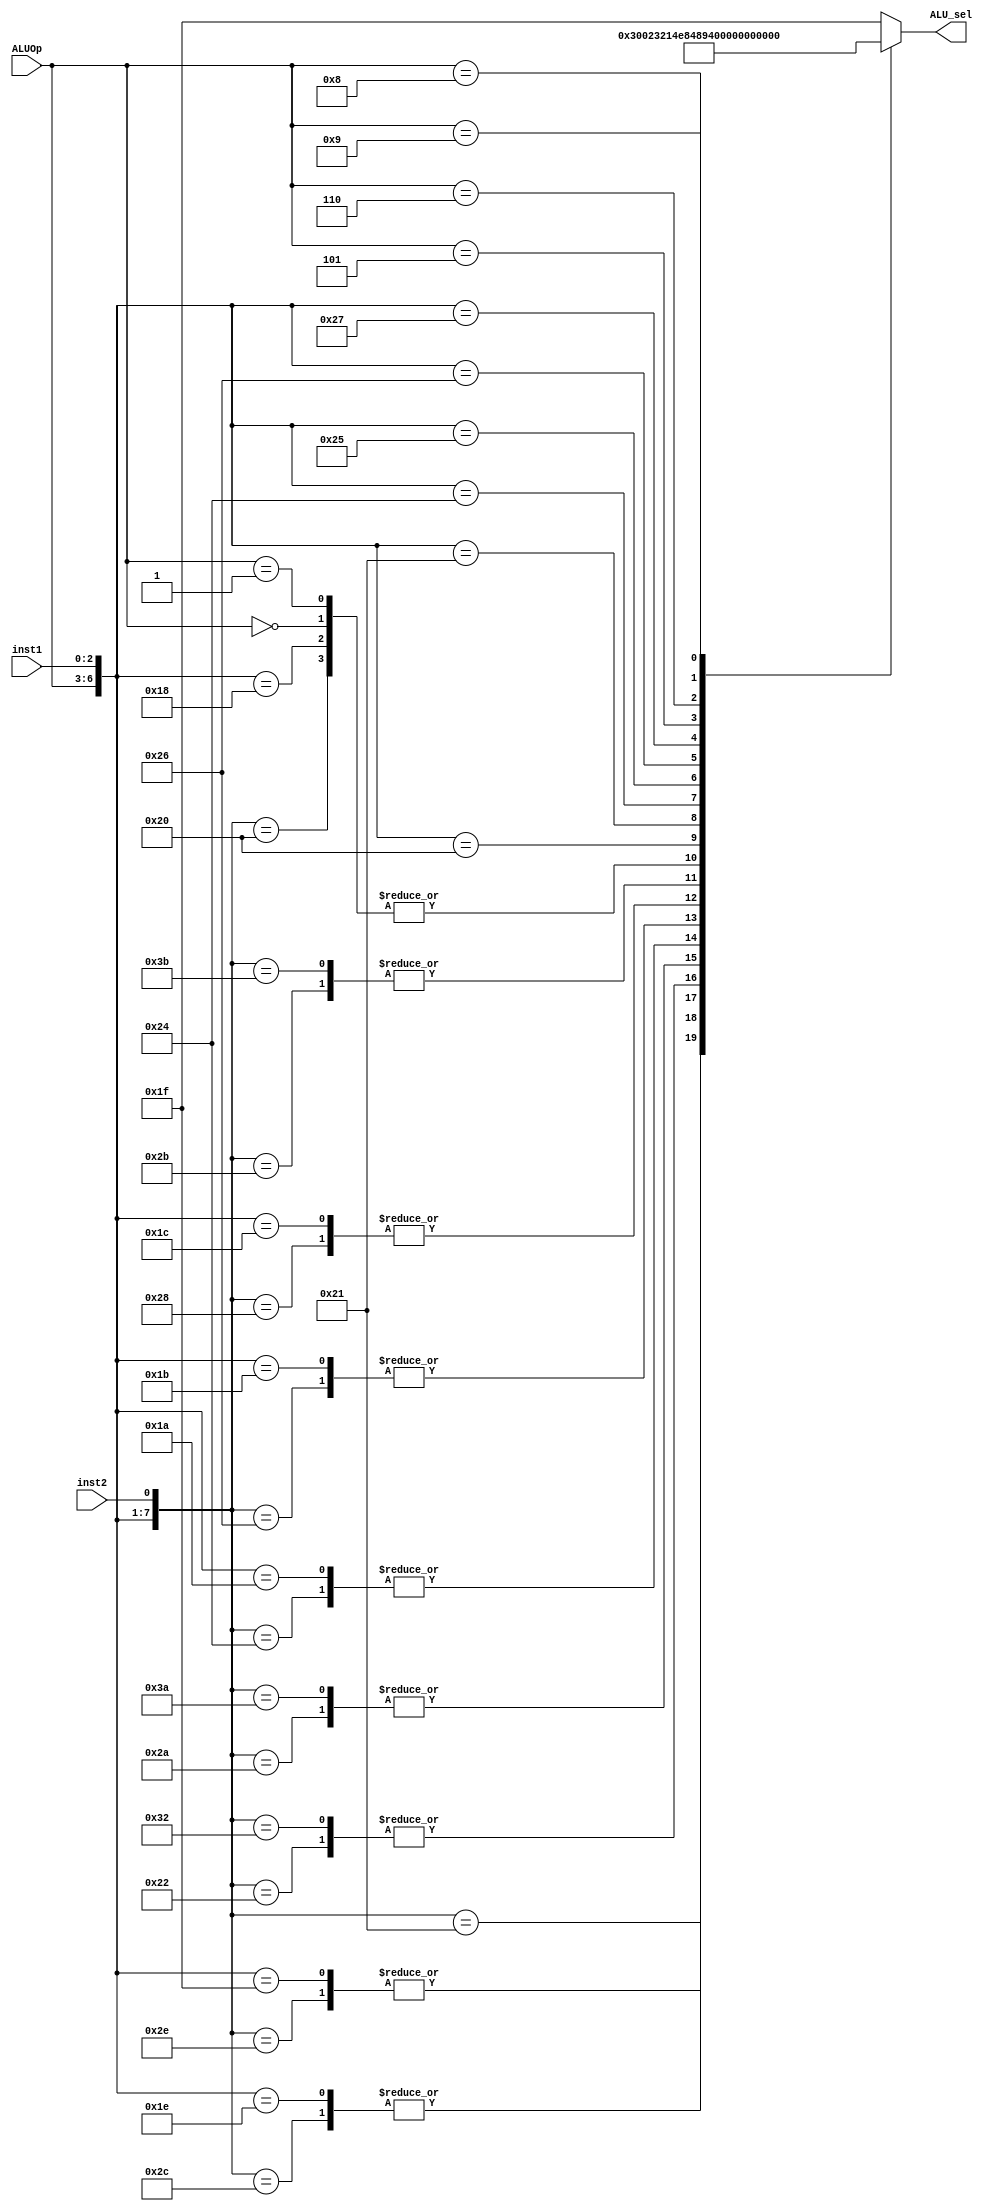
//////////////////////////////////////////////////////////////////////////////////
// Company: 
// Engineer: 
// 
// Design Name: 
// Module Name: ALU_control
// Project Name: 
// Target Devices: 
// Tool Versions: 
// Description: 
// 
// Dependencies: 
// 
// Revision:
// Revision 0.01 - File Created
// Additional Comments:
// 
//////////////////////////////////////////////////////////////////////////////////


module ALU_Control(           //func3      //inst[30]
input [3:0] ALUOp, input [2:0] inst1, input inst2, output reg [4:0] ALU_sel);

 always @(*) begin
       casex ({ALUOp, inst1, inst2})
            //R-type
            8'b0010_1110: ALU_sel= 5'b00000;//and 
            8'b0010_1100: ALU_sel= 5'b00001;//or 
            8'b0010_0000: ALU_sel= 5'b00010;//add 
            8'b0010_0001: ALU_sel= 5'b00110;//sub 
            8'b0010_0010: ALU_sel= 5'b00011;//SLL
            8'b0010_1010: ALU_sel= 5'b00100;//SRL
            8'b0010_0100: ALU_sel= 5'b00101;//SLT
            8'b0010_0110: ALU_sel= 5'b00111;//SLTU
            8'b0010_1000: ALU_sel= 5'b01000;//XOR
            8'b0010_1011: ALU_sel= 5'b01001;//SRA
                                  
            //I-type                 
            8'b0011_111x: ALU_sel= 5'b00000;//and i
            8'b0011_110x: ALU_sel= 5'b00001;//or i
            8'b0011_000x: ALU_sel= 5'b00010;//add i
            8'b0011_0010: ALU_sel= 5'b00011;//SLL i
            8'b0011_1010: ALU_sel= 5'b00100;//SRL i
            8'b0011_010x: ALU_sel= 5'b00101;//SLT i
            8'b0011_011x: ALU_sel= 5'b00111;//SLTU i
            8'b0011_100x: ALU_sel= 5'b01000;//XOR i
            8'b0011_1011: ALU_sel= 5'b01001;//SRA i
               
                                    
            //I-type                
            8'b0000_xxxx: ALU_sel= 5'b00010;//load
            //S-type                 
            8'b0001_xxxx: ALU_sel= 5'b00010;//store
            //B-type                 
            8'b0100_000x: ALU_sel= 5'b01010;//BEQ
            8'b0100_001x: ALU_sel= 5'b01011;//BNE
            8'b0100_100x: ALU_sel= 5'b01100;//BLT
            8'b0100_101x: ALU_sel= 5'b01101;//BGE
            8'b0100_110x: ALU_sel= 5'b01110;//BLTU
            8'b0100_111x: ALU_sel= 5'b01111;//BGEU
              
            //Jump
            8'b0101_xxxx: ALU_sel= 5'b10000;//JAL
            8'b0110_xxxx: ALU_sel= 5'b10001;//JALR
               
            //LUI
            8'b1000_xxxx: ALU_sel = 5'b10010;
            8'b1001_xxxx: ALU_sel = 5'b10011;

         default: ALU_sel= 5'b11111;
        endcase
 end
 endmodule